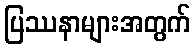
ပြဿနာများအတွက်